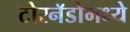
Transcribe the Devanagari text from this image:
टोरनॅडोमध्ये